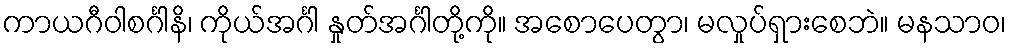
ကာယဂီဝါစင်္ဂါနိ၊ ကိုယ်အင်္ဂါ နှုတ်အင်္ဂါတို့ကို။ အစောပေတွာ၊ မလှုပ်ရှားစေဘဲ။ မနသာဝ၊